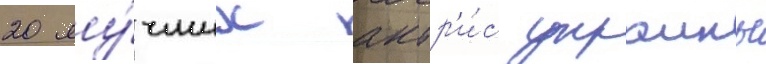
20 лу́чших актр'и́с украины